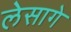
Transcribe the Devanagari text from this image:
लेसागे